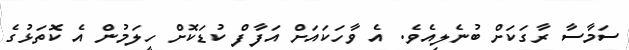
ސަމާސާ ރާގަކަށް ބުނެލިއެވެ. އެ ވާހަކައަށް އަފާފް ކުޑަކޮށް ހީލަމުން އެ ކޮތަޅުގެ